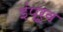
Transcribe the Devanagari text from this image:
इंप्रूव